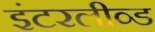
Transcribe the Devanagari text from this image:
इंटरलीव्ड